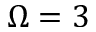
\Omega = 3